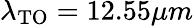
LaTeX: \lambda_{\mathrm{TO}}=12.55\mu m